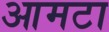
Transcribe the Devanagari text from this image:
आमटा